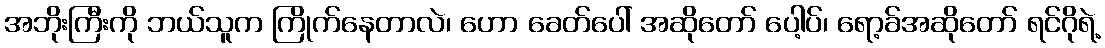
အဘိုးကြီးကို ဘယ်သူက ကြိုက်နေတာလဲ၊ ဟော ခေတ်ပေါ် အဆိုတော် ပေါ့ပ်၊ ရော့ခ်အဆိုတော် ရင်ဂိုရဲ့